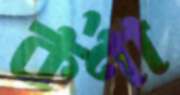
কর্ণা